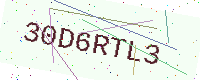
Text: 30D6RTL3